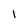
Character: 1